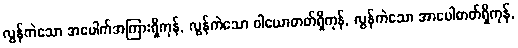
လွန်ကဲသော အပေါက်အကြားရှိကုန်, လွန်ကဲသော ဝါယောဓာတ်ရှိကုန်, လွန်ကဲသော အာပေါဓာတ်ရှိကုန်,